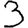
Digit: 3